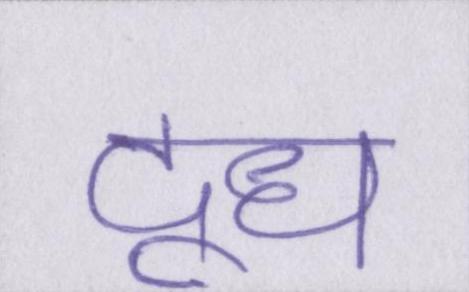
दूध